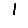
Digit: 1